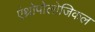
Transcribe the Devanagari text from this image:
एंथ्रोपोलोजिकल